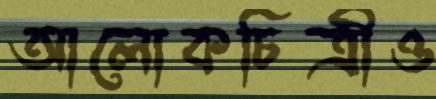
আলোকচিত্রীও